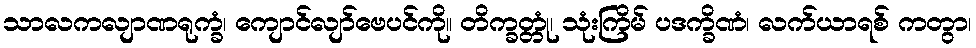
သာလကလျာဏရုက္ခံ၊ ကျောင်လျာ်ဗေပင်ကို။ တိက္ခတ္တုံ၊ သုံးကြိမ် ပဒက္ခိဏံ၊ လက်ယာရစ် ကတွာ၊